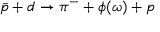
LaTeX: \bar { p } + d \to \pi ^ { - } + \phi ( \omega ) + p